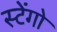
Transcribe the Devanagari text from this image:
स्टेंगो